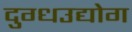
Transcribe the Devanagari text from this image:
दुग्धउद्योग